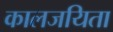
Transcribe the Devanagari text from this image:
कालजयिता